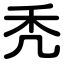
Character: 秃